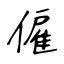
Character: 僱